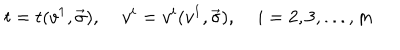
t = t ( v ^ { 1 } , \vec { \sigma } ) , \; v ^ { i } = v ^ { i } ( v ^ { 1 } , \vec { \sigma } ) , \; i = 2 , 3 , . . . , m